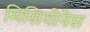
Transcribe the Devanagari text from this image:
मिसियोनेस